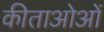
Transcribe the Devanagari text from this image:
कीताओओं